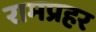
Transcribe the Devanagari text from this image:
रामप्रहर